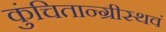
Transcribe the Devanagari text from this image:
कुंचितान्ग्रीस्थवं